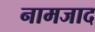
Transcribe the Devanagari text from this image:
नामजाद